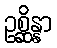
ဥစ္ဆိန္နာ